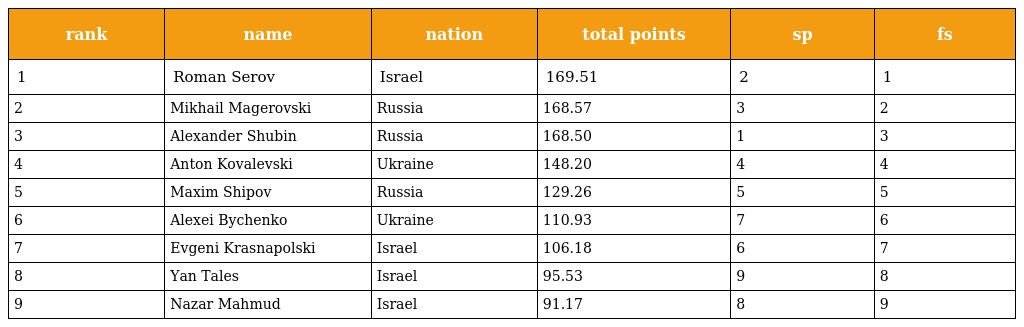
| rank | name | nation | total points | sp | fs |
 | --- | --- | --- | --- | --- | --- |
 | 1 | Roman Serov | Israel | 169.51 | 2 | 1 |
 | 2 | Mikhail Magerovski | Russia | 168.57 | 3 | 2 |
 | 3 | Alexander Shubin | Russia | 168.50 | 1 | 3 |
 | 4 | Anton Kovalevski | Ukraine | 148.20 | 4 | 4 |
 | 5 | Maxim Shipov | Russia | 129.26 | 5 | 5 |
 | 6 | Alexei Bychenko | Ukraine | 110.93 | 7 | 6 |
 | 7 | Evgeni Krasnapolski | Israel | 106.18 | 6 | 7 |
 | 8 | Yan Tales | Israel | 95.53 | 9 | 8 |
 | 9 | Nazar Mahmud | Israel | 91.17 | 8 | 9 |